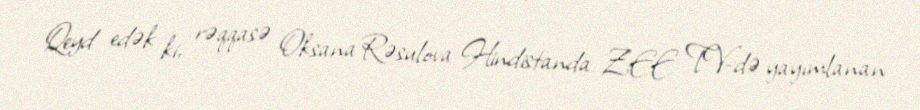
Qeyd edək ki, rəqqasə Oksana Rəsulova Hindistanda ZEE TV-də yayımlanan